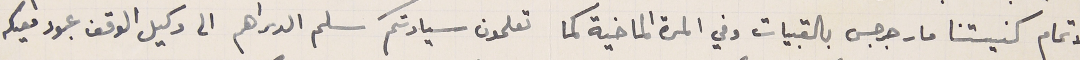
لأتمام كنيستنا مار جرجس بالقبيات وفي المرة الماضية كما تعلمون سيادتكم سلم الدراهم الى وكيل الوقف عبود معيكه